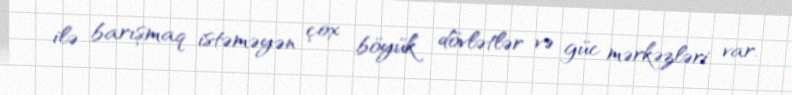
ilə barışmaq istəməyən çox böyük dövlətlər və güc mərkəzləri var.